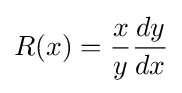
R(x)={\frac {x}{y}}{\frac {dy}{dx}}